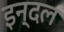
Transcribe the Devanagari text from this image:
इन्दल